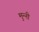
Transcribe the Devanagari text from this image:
मुन्‍नी